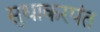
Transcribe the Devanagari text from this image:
सुधाकरपंत